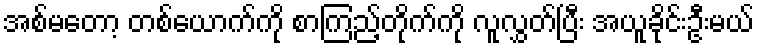
အစ်မတော့ တစ်ယောက်ကို စာကြည့်တိုက်ကို လူလွှတ်ပြီး အယူခိုင်းဦးမယ်